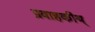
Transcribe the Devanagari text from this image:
प्रवाहकीय्